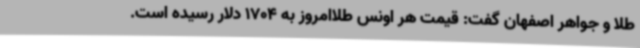
طلا و جواهر اصفهان گفت: قیمت هر اونس طلاامروز به 1704 دلار رسیده است.